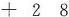
+ 2 8